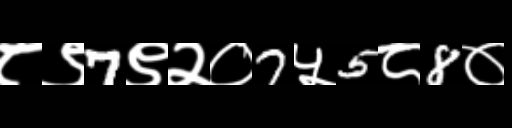
Text: ८९7९२०7५5८8०